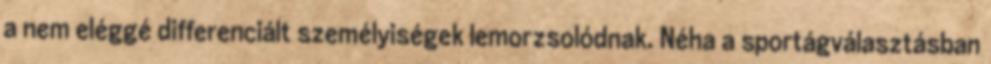
a nem eléggé differenciált személyiségek lemorzsolódnak. Néha a sportágválasztásban